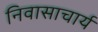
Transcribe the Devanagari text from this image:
निवासाचार्य